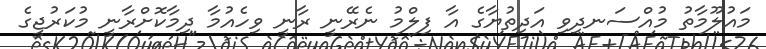
މައުލޫމާތު މުއްސަނދިވި އަދިތުޔާގެ އާ ފިލްމު ނެރޭނީ ރާނީ ވިހެއުމާ ދިމާކޮށްރާނީ މުކަރުޖީގެ